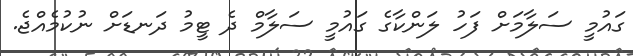
ގައުމީ ސަލާމަށް ފަހު ލަންކާގެ ގައުމީ ސަލާމް ދެ ޓީމު ދަނޑަށް ނުކުމެއްޖެ.